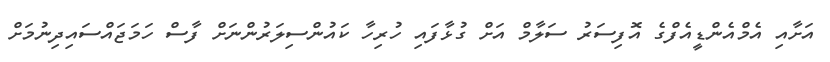
އަށާއި އެމްއެންޑީއެފްގެ އޮފިސަރު ސަލާމް އަށް ގުޅާފައި ހުރިހާ ކައުންސިލަރުންނަށް ފާސް ހަމަޖައްސައިދިނުމަށް